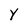
Character: Y